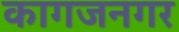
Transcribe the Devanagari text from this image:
कागजनगर